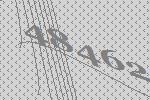
48462